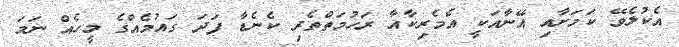
އެކުލެވޭ ކަމަށާއި އޭނާއަކީ އެމެރިކާއާ ރަހުމަތްތެރި ކެނެޑާ ފަދަ ގައުމެއްގެ މީހެއް ނަމަ